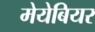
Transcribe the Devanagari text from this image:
मेयेबियर